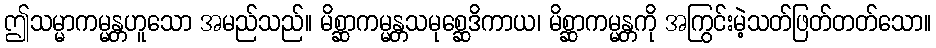
ဤသမ္မာကမ္မန္တဟူသော အမည်သည်။ မိစ္ဆာကမ္မန္တသမုစ္ဆေဒိကာယ၊ မိစ္ဆာကမ္မန္တကို အကြွင်းမဲ့သတ်ဖြတ်တတ်သော။